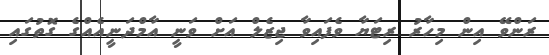
ރަންވޭ އިން މިހާރު ރިޓަޔާ ވެފައިވާ ޖިޒެލް އަށް ވަނީ އާމްދަނީއެއްގެ ގޮތުގައި